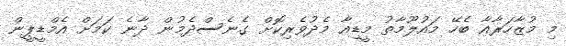
މި މުޒާހަރާއާ ބެހޭ މައުލޫމާތު މީޑިއާ މެދުވެރިކޮށް ގެނެސްދެމުން ދާނެ ކަމަށް އެމްޑީޕީން